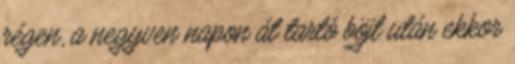
régen, a negyven napon át tartó böjt után ekkor